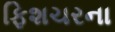
ફિશચરના